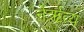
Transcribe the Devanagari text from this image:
नेर्ऋत्य